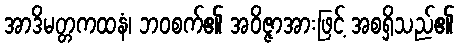
အာဒိမတ္တကထနံ၊ ဘဝစက်၏ အဝိဇ္ဇာအားဖြင့် အစရှိသည်၏